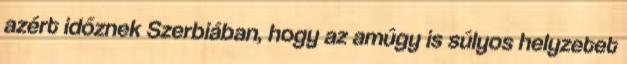
azért időznek Szerbiában, hogy az amúgy is súlyos helyzetet